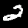
Digit: 2